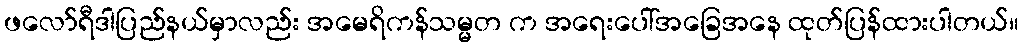
ဖလော်ရီဒါပြည်နယ်မှာလည်း အမေရိကန်သမ္မတ က အရေးပေါ်အခြေအနေ ထုတ်ပြန်ထားပါတယ်။